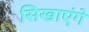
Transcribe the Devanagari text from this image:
सिखाएंगे